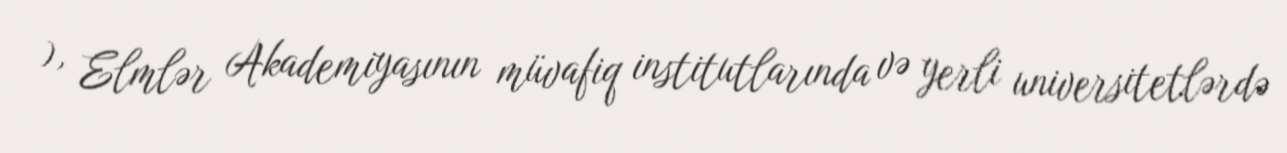
), Elmlər Akademiyasının müvafiq institutlarında və yerli universitetlərdə